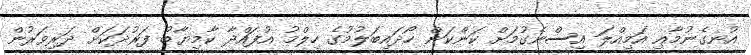
އުނގެނުމާއި އަމިއްލަ އިސްނެގުމަށް ކަންކަން ހޯދައިބަލުމުގެ ހިލްމު އުފައްދާ ކާމިޔާބު ފަރުދަކަށް ދަރިވަރުން